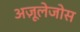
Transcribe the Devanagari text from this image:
अज़ूलेजोस